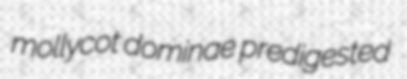
mollycot dominae predigested